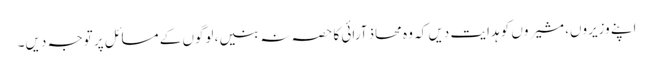
اپنے وزیروں، مشیروں کو ہدایت دیں کہ وہ محاذ آرائی کا حصہ نہ بنیں، لوگوں کے مسائل پر توجہ دیں۔